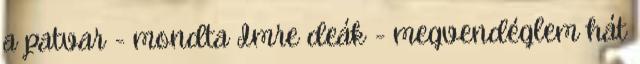
a patvar - mondta Imre deák - megvendéglem hát